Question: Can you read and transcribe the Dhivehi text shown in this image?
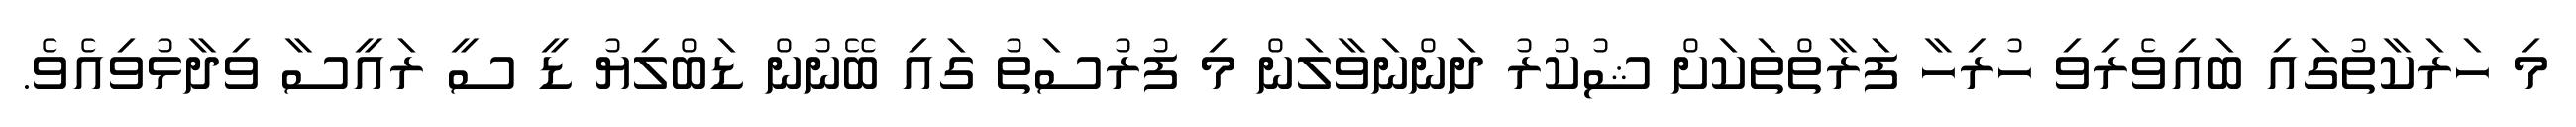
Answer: މި ހަރަކާތުގައި ބައިވެރިވި ހުރިހާ ފަރާތްތަކަށް ޝުކުރު ދަންނަވާލަން މި ފުރުސަތު ގައި ބޭނުން ޑަބްލިޔު ޑީ ސީ ރައީސާ ވިދާޅުވިއެވެ.